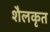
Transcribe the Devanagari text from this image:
शैलकृत